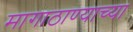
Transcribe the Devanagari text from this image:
मागाठाण्याच्या